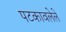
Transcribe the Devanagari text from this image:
पटकावलेले